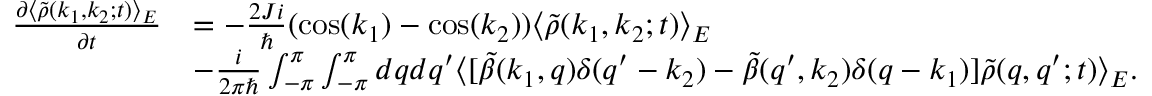
\begin{array} { r l } { \frac { \partial \langle \tilde { \rho } ( k _ { 1 } , k _ { 2 } ; t ) \rangle _ { E } } { \partial t } } & { = - \frac { 2 J i } { \hbar } ( \cos ( k _ { 1 } ) - \cos ( k _ { 2 } ) ) \langle \tilde { \rho } ( k _ { 1 } , k _ { 2 } ; t ) \rangle _ { E } } \\ & { - \frac { i } { 2 \pi \hbar } \int _ { - \pi } ^ { \pi } \int _ { - \pi } ^ { \pi } d q d q ^ { \prime } \langle [ \tilde { \beta } ( k _ { 1 } , q ) \delta ( q ^ { \prime } - k _ { 2 } ) - \tilde { \beta } ( q ^ { \prime } , k _ { 2 } ) \delta ( q - k _ { 1 } ) ] \tilde { \rho } ( q , q ^ { \prime } ; t ) \rangle _ { E } . } \end{array}